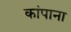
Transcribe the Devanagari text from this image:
कांपाना